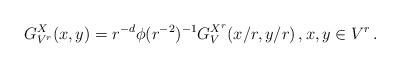
LaTeX: \begin{align*}G_{V^r}^X(x,y)=r^{-d}\phi(r^{-2})^{-1}G_V^{X^r}(x/r,y/r)\, , x,y\in V^r\, .\end{align*}